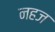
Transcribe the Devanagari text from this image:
नहज